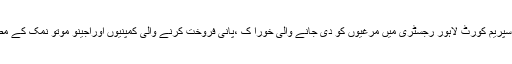
چیف جسٹس میاں ثاقب نثار کی سربراہی میں تین رکنی بنچ نے سپریم کورٹ لاہور رجسٹری میں مرغیوں کو دی جانے والی خورا ک ،پانی فروخت کرنے والی کمپنیوں اوراجینو موتو نمک کے مضر صحت ہونے کے حوالے سے ازخود نوٹسزکی سماعت کی ۔